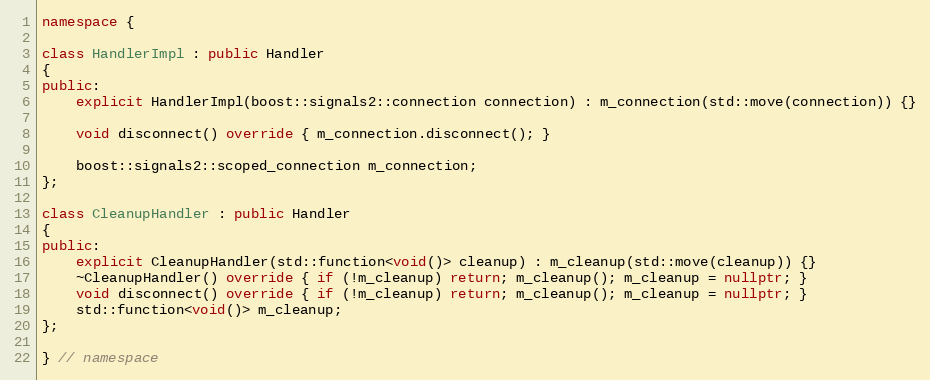
Language: C++
namespace {

class HandlerImpl : public Handler
{
public:
    explicit HandlerImpl(boost::signals2::connection connection) : m_connection(std::move(connection)) {}

    void disconnect() override { m_connection.disconnect(); }

    boost::signals2::scoped_connection m_connection;
};

class CleanupHandler : public Handler
{
public:
    explicit CleanupHandler(std::function<void()> cleanup) : m_cleanup(std::move(cleanup)) {}
    ~CleanupHandler() override { if (!m_cleanup) return; m_cleanup(); m_cleanup = nullptr; }
    void disconnect() override { if (!m_cleanup) return; m_cleanup(); m_cleanup = nullptr; }
    std::function<void()> m_cleanup;
};

} // namespace